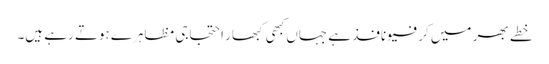
خطے بھر میں کرفیو نافذ ہے جہاں کبھی کبھار احتجاجی مظاہرے ہوتے رہے ہیں۔